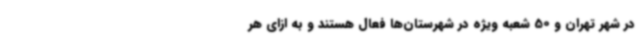
در شهر تهران و 50 شعبه ویژه در شهرستان‌ها فعال هستند و به ازای هر